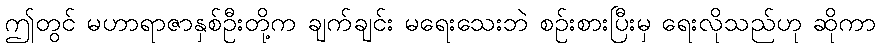
ဤတွင် မဟာရာဇာနှစ်ဦးတို့က ချက်ချင်း မရေးသေးဘဲ စဉ်းစားပြီးမှ ရေးလိုသည်ဟု ဆိုကာ